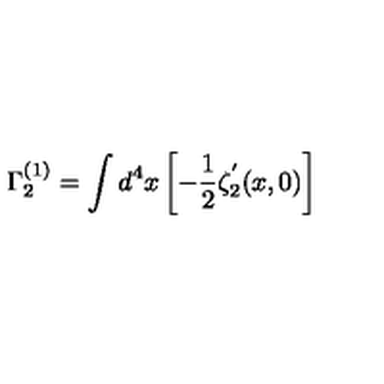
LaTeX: \Gamma _ { 2 } ^ { ( 1 ) } = \int d ^ { 4 } x \left[ - { \frac { 1 } { 2 } } \zeta _ { 2 } ^ { ^ { \prime } } ( x , 0 ) \right]